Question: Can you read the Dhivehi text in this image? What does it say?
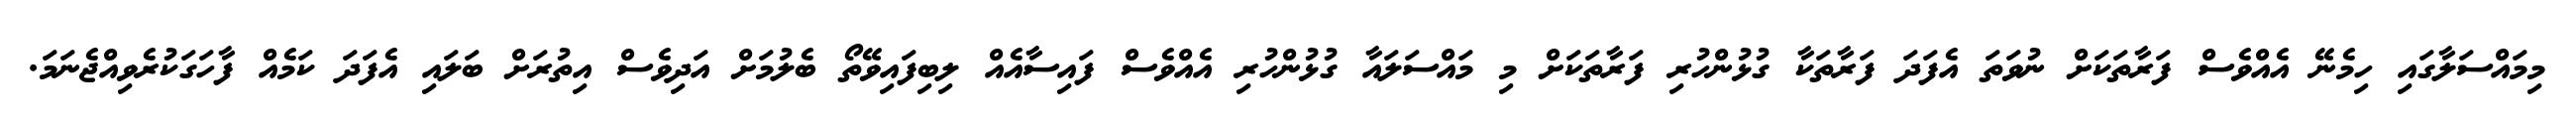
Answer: މިމައްސަލާގައި ހިމެނޭ އެއްވެސް ފަރާތަކަށް ނުވަތަ އެފަދަ ފަރާތަކާ ގުޅުންހުރި ފަރާތަކަށް މި މައްސަލައާ ގުޅުންހުރި އެއްވެސް ފައިސާއެއް ލިބިފައިވޭތޯ ބެލުމަށް އަދިވެސް އިތުރަށް ބަލައި އެފަދަ ކަމެއް ފާހަގަކުރެވިއްޖެނަމަ.